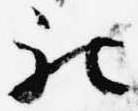
被